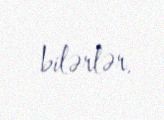
bilərlər.